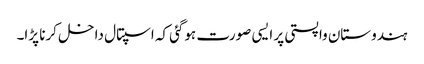
ہندوستان واپستی پر ایسی صورت ہوگئی کہ اسپتال داخل کرنا پڑا۔